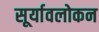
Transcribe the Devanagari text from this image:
सूर्यावलोकन